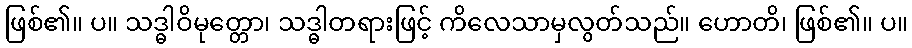
ဖြစ်၏။ ပ။ သဒ္ဓါဝိမုတ္တော၊ သဒ္ဓါတရားဖြင့် ကိလေသာမှလွတ်သည်။ ဟောတိ၊ ဖြစ်၏။ ပ။